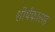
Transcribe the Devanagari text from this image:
शीर्षकासह